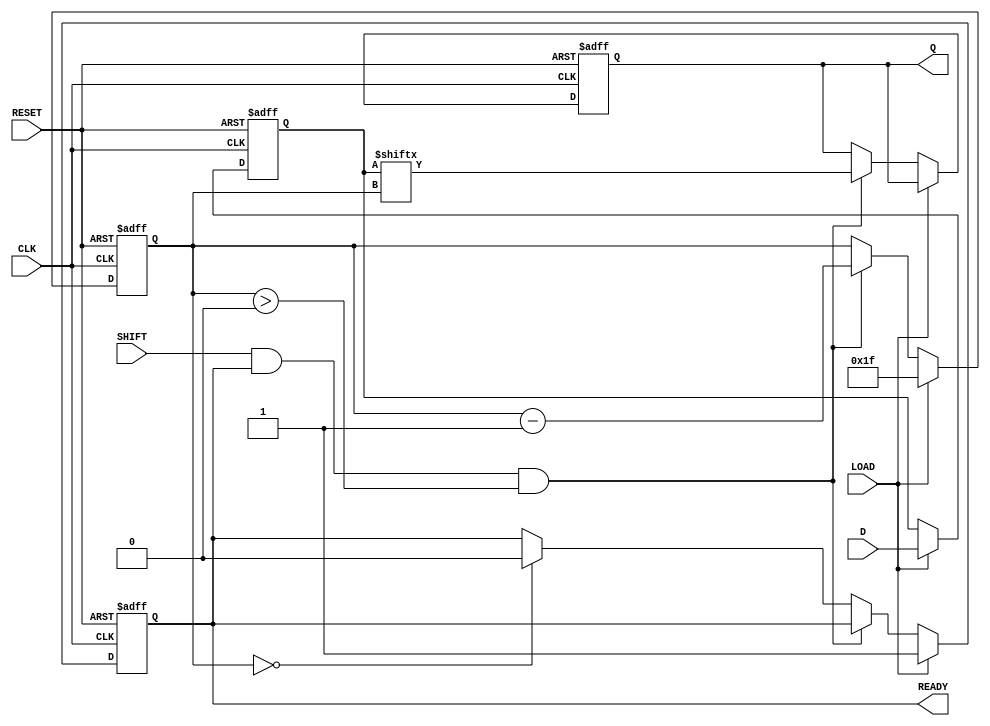
module PISO_Register (
    input wire [31:0] D,     // 32-bit Data Input
    input wire LOAD,         // Load Control Signal
    input wire SHIFT,        // Shift Control Signal
    input wire CLK,          // Clock Signal
    input wire RESET,        // Asynchronous Reset
    output reg Q,            // Serial Output
    output reg READY         // Data Ready Signal
);

    reg [31:0] storage;      // 32-bit Storage Register
    reg [5:0] bit_count;     // Bit Counter

    always @(posedge CLK or posedge RESET) begin
        if (RESET) begin
            storage <= 32'b0; // Clear storage register
            Q <= 1'b0;        // Set serial output to 0
            READY <= 1'b0;    // Reset READY signal
            bit_count <= 6'b0; // Reset bit counter
        end
        else begin
            if (LOAD) begin
                storage <= D;  // Load data into storage register
                READY <= 1'b1; // Indicate data is ready
                bit_count <= 6'd31; // Set bit_count to 31 (MSB position)
            end
            else if (SHIFT && READY && bit_count > 0) begin
                Q <= storage[bit_count]; // Output the current MSB to Q
                bit_count <= bit_count - 1; // Decrement the bit counter
            end
            else if (bit_count == 0) begin
                READY <= 1'b0; // Clear READY when all bits are shifted out
            end
        end
    end

endmodule